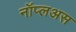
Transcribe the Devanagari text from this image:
नॉप्लअस